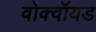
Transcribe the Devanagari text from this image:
वोक्वॉयड